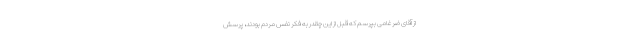
از آقای ضرغامی بپرسم که قبل از این چقدر به فکر نَفسِ مردم بودند، پرسش